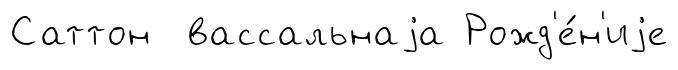
Саттон вассальнаjа Рожд'е́н'иjе